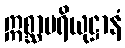
ဣစ္ဆာပရိယုဋ္ဌာနံ